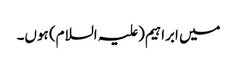
میں ابراہیم(علیہ السلام) ہوں۔